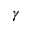
\gamma